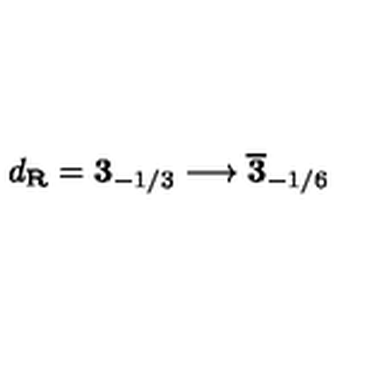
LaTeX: d _ { \bf R } = { \bf 3 } _ { - 1 / 3 } \longrightarrow \overline { { \bf 3 } } _ { - 1 / 6 }